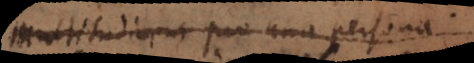
multitudinem pro una persona